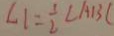
\angle 1 = \frac { 1 } { 2 } \angle A B C